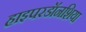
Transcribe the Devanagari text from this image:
हाइपरडॉनशिया